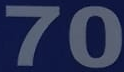
70